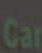
Car